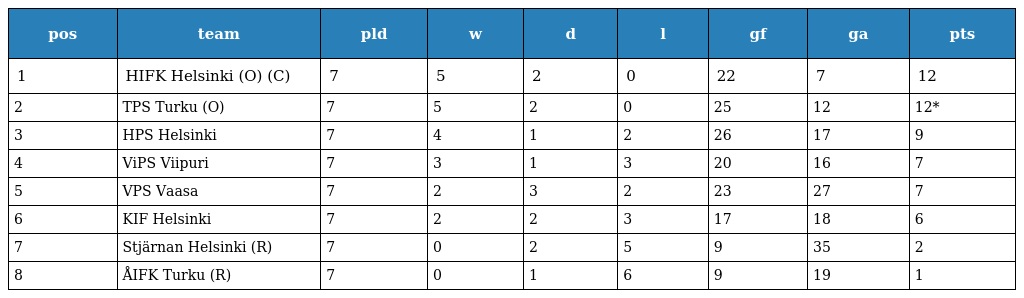
| pos | team | pld | w | d | l | gf | ga | pts |
 | --- | --- | --- | --- | --- | --- | --- | --- | --- |
 | 1 | HIFK Helsinki (O) (C) | 7 | 5 | 2 | 0 | 22 | 7 | 12 |
 | 2 | TPS Turku (O) | 7 | 5 | 2 | 0 | 25 | 12 | 12* |
 | 3 | HPS Helsinki | 7 | 4 | 1 | 2 | 26 | 17 | 9 |
 | 4 | ViPS Viipuri | 7 | 3 | 1 | 3 | 20 | 16 | 7 |
 | 5 | VPS Vaasa | 7 | 2 | 3 | 2 | 23 | 27 | 7 |
 | 6 | KIF Helsinki | 7 | 2 | 2 | 3 | 17 | 18 | 6 |
 | 7 | Stjärnan Helsinki (R) | 7 | 0 | 2 | 5 | 9 | 35 | 2 |
 | 8 | ÅIFK Turku (R) | 7 | 0 | 1 | 6 | 9 | 19 | 1 |